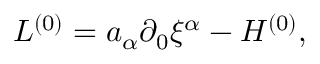
{ \cal L } ^ { ( 0 ) } = a _ { \alpha } \partial _ { 0 } { \xi } ^ { \alpha } - { \cal H } ^ { ( 0 ) } ,